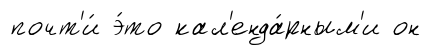
почт'и́ э́то кал'енда́рным'и он